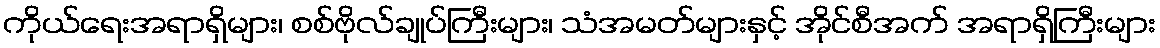
ကိုယ်ရေးအရာရှိများ၊ စစ်ဗိုလ်ချုပ်ကြီးများ၊ သံအမတ်များနှင့် အိုင်စီအက် အရာရှိကြီးများ